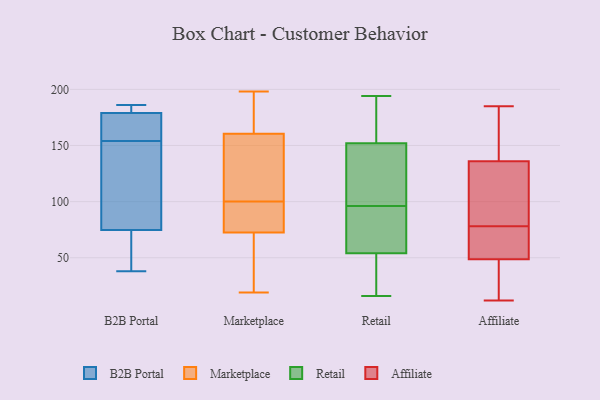
{"axis": {"x": "Satisfaction Score", "y": "Value"}, "legend": ["Affiliate", "B2B Portal", "Marketplace", "Retail"], "data": [{"x": "", "y": 45, "type": "B2B Portal"}, {"x": "", "y": 179, "type": "B2B Portal"}, {"x": "", "y": 38, "type": "B2B Portal"}, {"x": "", "y": 160, "type": "B2B Portal"}, {"x": "", "y": 179, "type": "B2B Portal"}, {"x": "", "y": 185, "type": "B2B Portal"}, {"x": "", "y": 186, "type": "B2B Portal"}, {"x": "", "y": 132, "type": "B2B Portal"}, {"x": "", "y": 125, "type": "B2B Portal"}, {"x": "", "y": 154, "type": "B2B Portal"}, {"x": "", "y": 58, "type": "B2B Portal"}, {"x": "", "y": 156, "type": "Marketplace"}, {"x": "", "y": 174, "type": "Marketplace"}, {"x": "", "y": 184, "type": "Marketplace"}, {"x": "", "y": 68, "type": "Marketplace"}, {"x": "", "y": 198, "type": "Marketplace"}, {"x": "", "y": 74, "type": "Marketplace"}, {"x": "", "y": 125, "type": "Marketplace"}, {"x": "", "y": 19, "type": "Marketplace"}, {"x": "", "y": 110, "type": "Marketplace"}, {"x": "", "y": 65, "type": "Marketplace"}, {"x": "", "y": 76, "type": "Marketplace"}, {"x": "", "y": 85, "type": "Marketplace"}, {"x": "", "y": 100, "type": "Marketplace"}, {"x": "", "y": 152, "type": "Retail"}, {"x": "", "y": 121, "type": "Retail"}, {"x": "", "y": 55, "type": "Retail"}, {"x": "", "y": 152, "type": "Retail"}, {"x": "", "y": 129, "type": "Retail"}, {"x": "", "y": 96, "type": "Retail"}, {"x": "", "y": 18, "type": "Retail"}, {"x": "", "y": 190, "type": "Retail"}, {"x": "", "y": 140, "type": "Retail"}, {"x": "", "y": 16, "type": "Retail"}, {"x": "", "y": 48, "type": "Retail"}, {"x": "", "y": 167, "type": "Retail"}, {"x": "", "y": 87, "type": "Retail"}, {"x": "", "y": 194, "type": "Retail"}, {"x": "", "y": 51, "type": "Retail"}, {"x": "", "y": 60, "type": "Retail"}, {"x": "", "y": 86, "type": "Retail"}, {"x": "", "y": 121, "type": "Affiliate"}, {"x": "", "y": 78, "type": "Affiliate"}, {"x": "", "y": 185, "type": "Affiliate"}, {"x": "", "y": 121, "type": "Affiliate"}, {"x": "", "y": 33, "type": "Affiliate"}, {"x": "", "y": 78, "type": "Affiliate"}, {"x": "", "y": 72, "type": "Affiliate"}, {"x": "", "y": 12, "type": "Affiliate"}, {"x": "", "y": 41, "type": "Affiliate"}, {"x": "", "y": 176, "type": "Affiliate"}, {"x": "", "y": 141, "type": "Affiliate"}]}